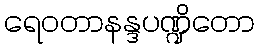
ရေဝတာနန္ဒပဏ္ဍိတော